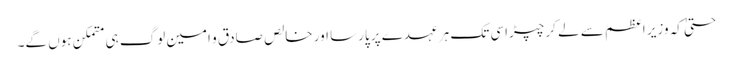
حتیٰ کہ وزیر اعظم سے لے کر چپڑاسی تک ہر عہدے پر پارسا اور خالص صادق و امین لوگ ہی متمکن ہوں گے۔